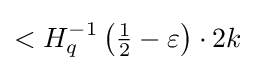
<H_{q}^{-1}\left({\tfrac {1}{2}}-\varepsilon \right)\cdot 2k